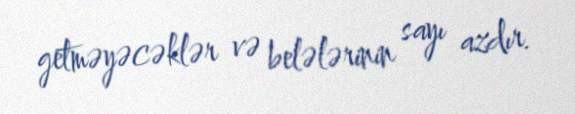
getməyəcəklər və belələrinin sayı azdır.